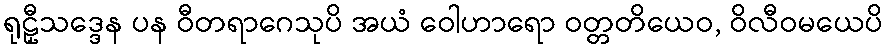
ရုဠှီသဒ္ဒေန ပန ဝီတရာဂေသုပိ အယံ ဝေါဟာရော ဝတ္တတိယေဝ, ဝိလီဝမယေပိ